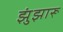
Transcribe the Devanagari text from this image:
झुंझारू